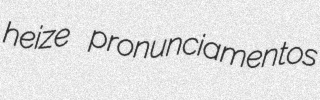
heize pronunciamentos